Indian journal of veterinary science and animal husbandry - Volumes 24-25, 1954-1955
Year: 1954
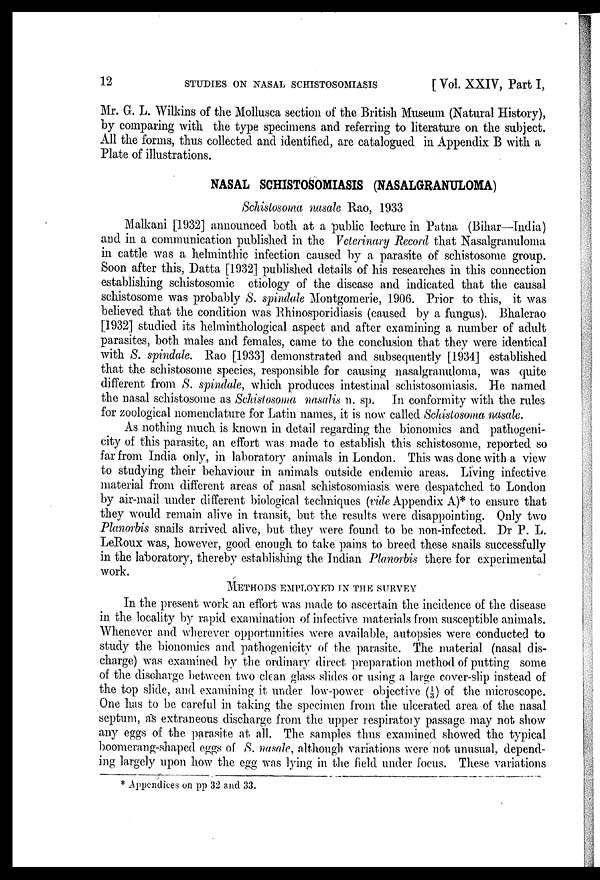
12 STUDIES ON NASAL SCHISTOSOMIASIS [Vol. XXIV, Part I,
Mr. G. L. Wilkins of the Mollusca section of the British. Museum (Natural History),
by comparing with the type specimens and referring to literature on the subject.
All the forms, thus collected and identified, are catalogued in Appendix B with a
Plate of illustrations.
NASAL SCHISTOSOMIASIS (NASALGRANULOMA)
Schistosoma nasale Rao, 1933
Malkani [1932] announced both at a public lecture in Patna (Bihar—India)
and in a communication published in the Veterinary Record that Nasalgranuloma
in cattle was a helminthic infection caused by a parasite of schistosome group.
Soon after this, Datta [1932] published details of his researches in this connection
establishing schistosomic etiology of the disease and indicated that the causal
schistosome was probably S. spindale Montgomerie, 1906. Prior to this, it was
believed that the condition was Rhinosporidiasis (caused by a fungus). Bhalerao
[1932] studied its helminthological aspect and after examining a number of adult
parasites, both males and females, came to the conclusion that they were identical
with S. spindale. Rao [1933] demonstrated and subsequently [1934] established
that the schistosome species, responsible for causing nasalgranuloma, was quite
different from S. spindale, which produces intestinal schistosomiasis. He named
the nasal schistosome as Schistosoma nasalis n. sp. In conformity with the rules
for zoological nomenclature for Latin names, it is now called Schistosoma nasale.
As nothing much is known in detail regarding the bionomics and pathogeni-
city of this parasite, an effort was made to establish this schistosome, reported so
far from India only, in laboratory animals in London. This was done with a view
to studying their behaviour in animals outside endemic areas. Living infective
material from different areas of nasal schistosomiasis were despatched to London
by air-mail under different biological techniques (vide Appendix A)* to ensure that
they would remain alive in transit, but the results were disappointing. Only two
Planorbis snails arrived alive, but they were found to be non-infected. Dr P. L.
LeRoux was, however, good enough to take pains to breed these snails successfully
in the laboratory, thereby establishing the Indian Planorbis there for experimental
work.
METHODS EMPLOYED IN THE SURVEY
In the present work an effort was made to ascertain the incidence of the disease
in the locality by rapid examination of infective materials from susceptible animals.
Whenever and wherever opportunities were available, autopsies were conducted to
study the bionomics and pathogenicity of the parasite. The material (nasal dis-
charge) was examined by the ordinary direct preparation method of putting some
of the discharge between two clean glass slides or using a large cover-slip instead of
the top slide, and examining it under low-power objective (1/ 3) of the microscope.
One has to be careful in taking the specimen from the ulcerated area of the nasal
septum, as extraneous discharge from the upper respiratory passage may not show
any eggs of the parasite at all. The samples thus examined showed the typical
boomerang-shaped eggs of S. nasale, although variations were not unusual, depend-
ing largely upon how the egg was lying in the field under focus. These variations
* Appendices on pp 32 and 33.